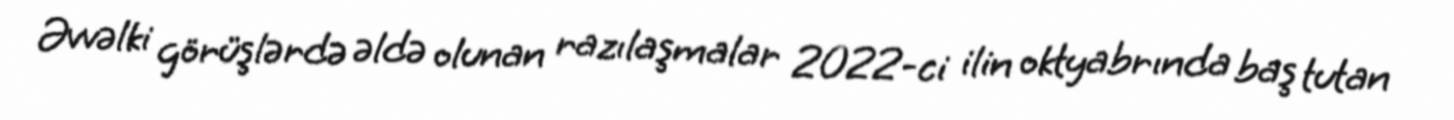
Əvvəlki görüşlərdə əldə olunan razılaşmalar 2022-ci ilin oktyabrında baş tutan